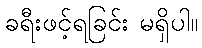
ခရီးဖင့်ရခြင်း မရှိပါ။